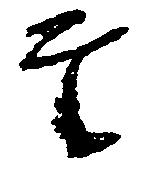
奉